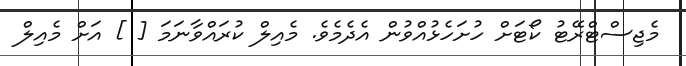
މެޖިސްޓްރޭޓު ކޯޓަށް ހުށަހެޅުއްވުން އެދެމެވެ. މެއިލް ކުރައްވާނަމަ [ ] އަށް މެއިލް